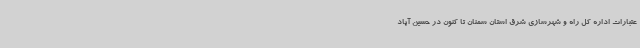
عتبارات اداره کل راه و شهرسازی شرق استان سمنان تا کنون در حسین آباد